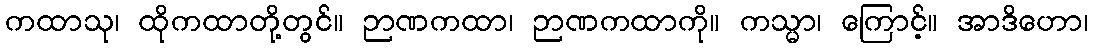
ကထာသု၊ ထိုကထာတို့တွင်။ ဉာဏကထာ၊ ဉာဏကထာကို။ ကသ္မာ၊ ကြောင့်။ အာဒိဟော၊